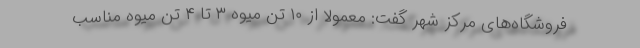
فروشگاه‌های مرکز شهر گفت: معمولا از ۱۰ تن میوه ۳ تا ۴ تن میوه مناسب